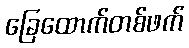
ခြေထောက်တစ်ဖက်